Report on horse surra - Volume I
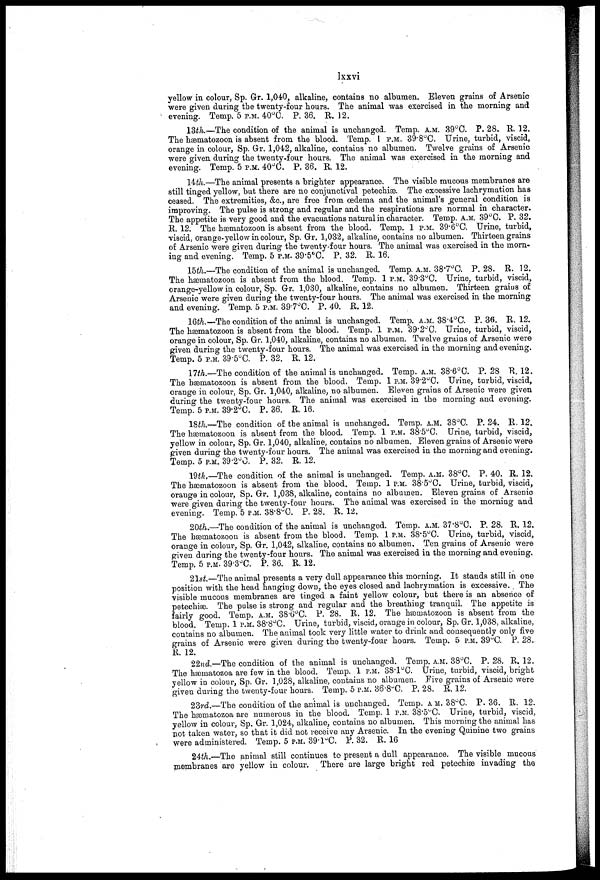
lxxvi
yellow in colour, Sp. Gr. 1,040, alkaline, contains no albumen. Eleven grains of Arsenic
were given during the twenty-four hours. The animal was exercised in the morning and
evening. Temp. 5 P.M. 40°C. P. 36. R. 12.
13th.—The condition of the animal is unchanged. Temp. A.M. 39°C. P. 28. R. 12.
The hæmatozoon is absent from the blood. Temp. 1 P.M. 39.8°C. Urine, turbid, viscid,
orange in colour, Sp. Gr. 1,042, alkaline, contains no albumen. Twelve grains of Arsenic
were given during the twenty-four hours. The animal was exercised in the morning and
evening. Temp. 5 P.M. 40°C. P. 36. R. 12.
14th.—The animal presents a brighter appearance. The visible mucous membranes are
still tinged yellow, but there are no conjunctival petechiæ. The excessive lachrymation has
ceased. The extremities, &c, are free from œdema and the animal's general condition is
improving. The pulse is strong and regular and the respirations are normal in character.
The appetite is very good and the evacuations natural in character. Temp. A.M. 39°C. P. 32.
R. 12. The hæmatozoon is absent from the blood. Temp. 1 P.M. 39.6°C. Urine, turbid,
viscid, orange-yellow in colour, Sp. Gr. 1,032, alkaline, contains no albumen. Thirteen grains
of Arsenic were given during the twenty-four hours. The animal was exercised in the morn-
ing and evening. Temp. 5 P.M. 39.5°C. P. 32. R. 16.
15th.—The condition of the animal is unchanged. Temp. A.M. 38.7°C. P. 28. R. 12.
The ha3matozoon is absent from the blood. Temp. 1 P.M. 39.3°C. Urine, turbid, viscid,
orange-yellow in colour, Sp. Gr. 1,030, alkaline, contains no albumen. Thirteen grains of
Arsenic were given during the twenty-four hours. The animal was exercised in the morning
and evening. Temp. 5 P.M. 39.7°C. P. 40. R. 12.
16th.—The condition of the animal is unchanged. Temp. A.M. 38.4°C. P. 36. R. 12.
The ha3matozoon is absent from the blood. Temp. 1 P.M. 39.2°C. Urine, turbid, viscid,
orange in colour, Sp. Gr. 1,040, alkaline, contains no albumen. Twelve grains of Arsenic were
given during the twenty-four hours. The animal was exercised in the morning and evening.
Temp. 5 P.M. 39.5°C. P. 32. R. 12.
17th.—The condition of the animal is unchanged. Temp. A.M. 38.6°C. P. 28 R. 12.
The hæmatozoon is absent from the blood. Temp. 1 P.M. 39.2°C. Urine, turbid, viscid,
orange in colour, Sp. Gr. 1,040, alkaline, no albumen. Eleven grains of Arsenic were given
during the twenty-four hours. The animal was exercised in the morning and evening.
Temp. 5 P.M. 39.2°C. P. 36. R. 16.
18th.—The condition of the animal is unchanged. Temp. A.M. 38°C. P. 24. R. 12,.
The hæmatozoon is absent from the blood. Temp. 1 P.M. 38.5°C. Urine, turbid, viscid,
yellow in colour, Sp. Gr. 1,040, alkaline, contains no albumen. Eleven grains of Arsenic were
given during the twenty-four hours. The animal was exercised in the morning and evening.
Temp. 5 P.M. 39.2°C. P. 32. R. 12.
19th,—The condition of the animal is unchanged. Temp. A.M. 38°C. P. 40. R. 12,
The hæmatozoon is absent from the blood. Temp. 1 P.M. 38.5°C. Urine, turbid, viscid,
orange in colour, Sp. Gr. 1,038, alkaline, contains no albumen. Eleven grains of Arsenio
were given during the twenty-four hours. The animal was exercised in the morning and
evening. Temp. 5 P.M. 38.8°C. P. 28. R. 12.
20th.—The condition of the animal is unchanged. Temp. A.M. 37.8°C. P. 28. R. 12,
The hæmatozoon is absent from the blood. Temp. 1 P.M. 38.5°C. Urine, turbid, viscid,
orange in colour, Sp. Gr. 1,042, alkaline, contains no albumen. Ten grains of Arsenic were
given during the twenty-four hours. The animal was exercised in the morning and evening,
Temp, 5 P.M. 39.3°C. P. 36. R. 12.
21st.—The animal presents a very dull appearance this morning. It stands still in one
position with the head hanging down, the eyes closed and lachrymation is excessive. The
visible mucous membranes are tinged a faint yellow colour, but there is an absence of
petechiæ. The pulse is strong and regular and the breathing tranquil. The appetite is
fairly good. Temp. A.M. 38.6°C. P. 28. R. 12. The hæmatozoon is absent from the
blood. Temp. 1 P.M. 38.8°C. Urine, turbid, viscid, orange in colour, Sp. Gr. 1,038, alkaline,
contains no albumen. The animal took very little water to drink and consequently only five
grains of Arsenic were given during the twenty-four hours. Temp. 5 P.M. 39°C. P. 28.
R. 12.
22nd.—The condition of the animal is unchanged. Temp. A.M. 38°C. P. 28. R. 12.
The hæmatozoa are few in the blood. Temp. 1 P.M. 38.l°C. Urine, turbid, viscid, bright
yellow in colour, Sp. Gr. 1,028, alkaline, contains no albumen. Five grains of Arsenic were
given during the twenty-four hours. Temp. 5 P.M. 36.8°C. P. 28. R. 12.
23rd.—The condition of the animal is unchanged. Temp. A.M. 38°C. P. 36. R. 12.
The hæmatozoa are numerous in the blood. Temp. 1 P.M. 38.5°C. Urine, turbid, viscid,
yellow in colour, Sp. Gr. 1,024, alkaline, contains no albumen. This morning the animal has
not taken water, so that it did not receive any Arsenic. In the evening Quinine two grains
were administered. Temp. 5 P.M. 39.l°C. P. 32. R. 16
24th.—The animal still continues to present a dull appearance. The visible mucous
membranes are yellow in colour. There are large bright red petechiæ invading the